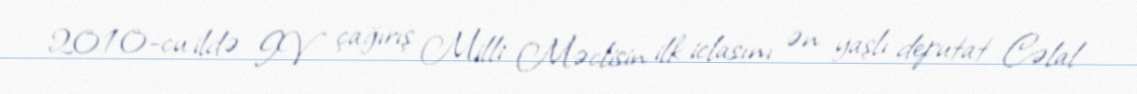
2010-cu ildə IV çağırış Milli Məclisin ilk iclasını ən yaşlı deputat Cəlal